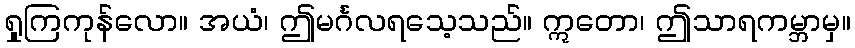
ရှုကြကုန်လော။ အယံ၊ ဤမင်္ဂလရသေ့သည်။ ဣတော၊ ဤသာရကမ္ဘာမှ။